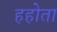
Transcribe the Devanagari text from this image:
हहोता